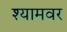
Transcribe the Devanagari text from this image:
श्यामवर